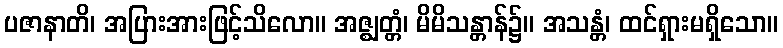
ပဇာနာတိ၊ အပြားအားဖြင့်သိလော။ အဇ္ဈတ္တံ၊ မိမိသန္တာန်၌။ အသန္တံ၊ ထင်ရှားမရှိသော။